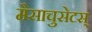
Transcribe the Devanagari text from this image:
मैसाचुसेटस्